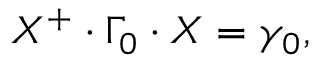
{ \cal X } ^ { + } \cdot \Gamma _ { 0 } \cdot { \cal X } = \gamma _ { 0 } ,